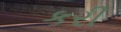
કરી